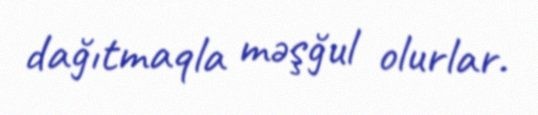
dağıtmaqla məşğul olurlar.